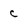
Character: c